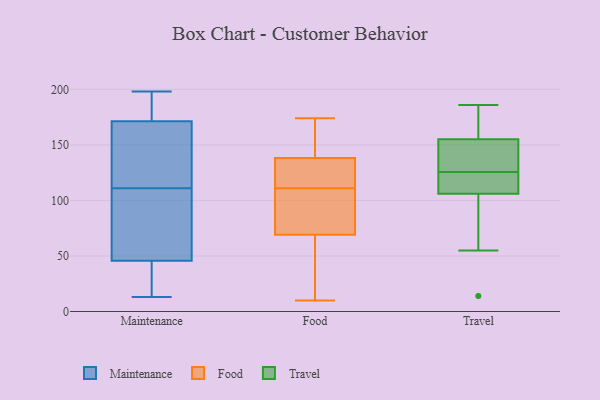
{"axis": {"x": "Gross Profit (USD K)", "y": "Value"}, "legend": ["Food", "Maintenance", "Travel"], "data": [{"x": "", "y": 42, "type": "Maintenance"}, {"x": "", "y": 163, "type": "Maintenance"}, {"x": "", "y": 68, "type": "Maintenance"}, {"x": "", "y": 196, "type": "Maintenance"}, {"x": "", "y": 24, "type": "Maintenance"}, {"x": "", "y": 169, "type": "Maintenance"}, {"x": "", "y": 81, "type": "Maintenance"}, {"x": "", "y": 180, "type": "Maintenance"}, {"x": "", "y": 24, "type": "Maintenance"}, {"x": "", "y": 111, "type": "Maintenance"}, {"x": "", "y": 77, "type": "Maintenance"}, {"x": "", "y": 30, "type": "Maintenance"}, {"x": "", "y": 151, "type": "Maintenance"}, {"x": "", "y": 174, "type": "Maintenance"}, {"x": "", "y": 128, "type": "Maintenance"}, {"x": "", "y": 198, "type": "Maintenance"}, {"x": "", "y": 57, "type": "Maintenance"}, {"x": "", "y": 172, "type": "Maintenance"}, {"x": "", "y": 13, "type": "Maintenance"}, {"x": "", "y": 12, "type": "Food"}, {"x": "", "y": 139, "type": "Food"}, {"x": "", "y": 39, "type": "Food"}, {"x": "", "y": 123, "type": "Food"}, {"x": "", "y": 162, "type": "Food"}, {"x": "", "y": 67, "type": "Food"}, {"x": "", "y": 10, "type": "Food"}, {"x": "", "y": 169, "type": "Food"}, {"x": "", "y": 147, "type": "Food"}, {"x": "", "y": 125, "type": "Food"}, {"x": "", "y": 174, "type": "Food"}, {"x": "", "y": 84, "type": "Food"}, {"x": "", "y": 97, "type": "Food"}, {"x": "", "y": 75, "type": "Food"}, {"x": "", "y": 20, "type": "Food"}, {"x": "", "y": 111, "type": "Food"}, {"x": "", "y": 136, "type": "Food"}, {"x": "", "y": 76, "type": "Food"}, {"x": "", "y": 116, "type": "Food"}, {"x": "", "y": 186, "type": "Travel"}, {"x": "", "y": 170, "type": "Travel"}, {"x": "", "y": 126, "type": "Travel"}, {"x": "", "y": 14, "type": "Travel"}, {"x": "", "y": 55, "type": "Travel"}, {"x": "", "y": 90, "type": "Travel"}, {"x": "", "y": 125, "type": "Travel"}, {"x": "", "y": 158, "type": "Travel"}, {"x": "", "y": 152, "type": "Travel"}, {"x": "", "y": 122, "type": "Travel"}, {"x": "", "y": 126, "type": "Travel"}, {"x": "", "y": 123, "type": "Travel"}]}